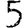
Digit: 5